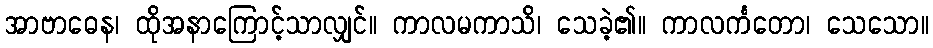
အာဗာဓေန၊ ထိုအနာကြောင့်သာလျှင်။ ကာလမကာသိ၊ သေခဲ့၏။ ကာလင်္ကတော၊ သေသော။